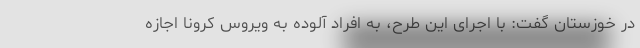
در خوزستان گفت: با اجرای این طرح، به افراد آلوده به ویروس کرونا اجازه